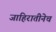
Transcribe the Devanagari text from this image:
जाहिरातीनेच